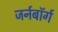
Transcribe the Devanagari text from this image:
जर्नबॉर्ग